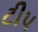
ટીપ